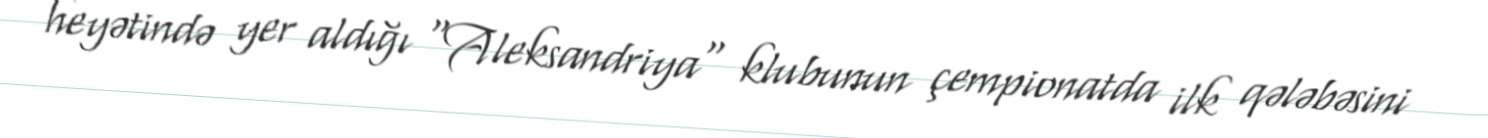
heyətində yer aldığı "Aleksandriya" klubunun çempionatda ilk qələbəsini